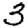
Digit: 3